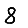
Digit: 8